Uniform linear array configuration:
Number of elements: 24
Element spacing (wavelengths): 0.25
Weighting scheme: kaiser
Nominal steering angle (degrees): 0
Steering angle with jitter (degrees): -0.9875
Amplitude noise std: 0.05
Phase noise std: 0.05

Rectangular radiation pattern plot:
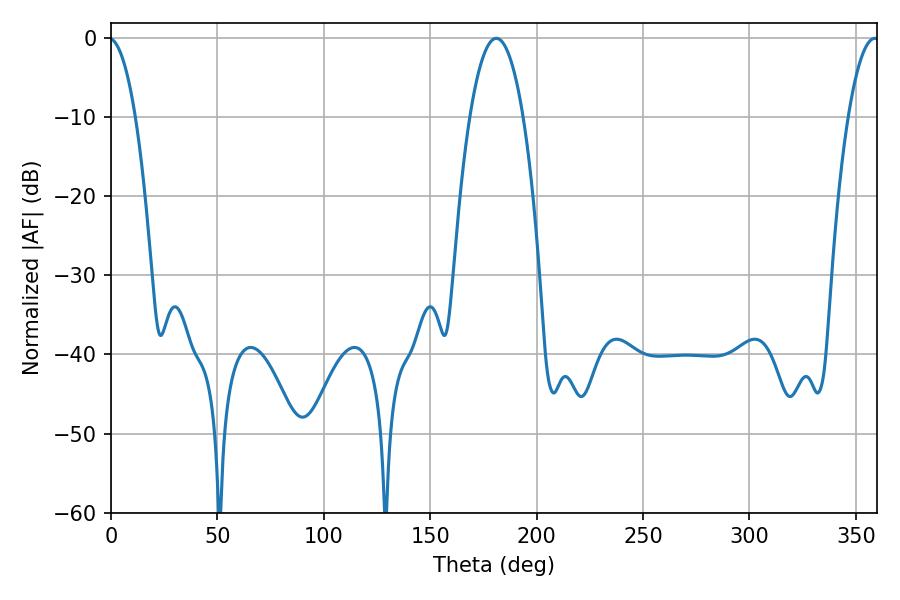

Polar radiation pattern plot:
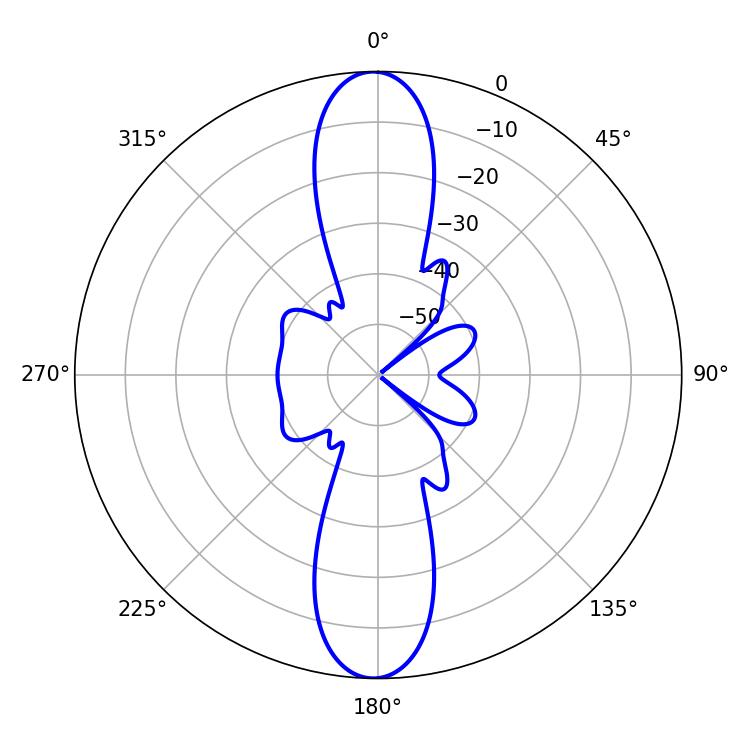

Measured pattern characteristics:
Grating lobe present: FALSE
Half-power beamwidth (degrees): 14.04
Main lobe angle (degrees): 181.08